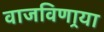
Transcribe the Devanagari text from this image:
वाजविणार्‍या